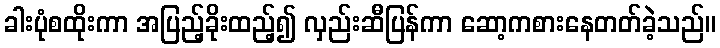
ခါးပုံစထိုးကာ အပြည့်ခိုးထည့်၍ လှည်းဆီပြန်ကာ ဆော့ကစားနေတတ်ခဲ့သည်။